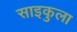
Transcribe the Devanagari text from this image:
साइकुला